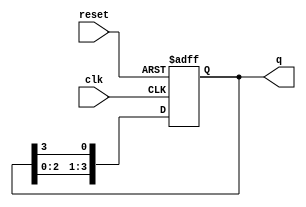
module bistable_ring_counter (
    input wire clk,        // Clock signal
    input wire reset,      // Asynchronous reset signal
    output reg [3:0] q     // 4-bit output
);

    // Initial state of the counter
    initial begin
        q = 4'b1000; // Start with the first flip-flop set to '1'
    end

    // Sequential logic for the ring counter
    always @(posedge clk or posedge reset) begin
        if (reset) begin
            q <= 4'b1000; // Reset to initial state
        end else begin
            // Shift the '1' through the flip-flops
            q <= {q[2:0], q[3]}; // Shift left and wrap around
        end
    end

endmodule